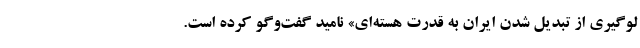
لوگیری از تبدیل شدن ایران به قدرت هسته‌ای» نامید گفت‌وگو کرده است.